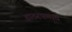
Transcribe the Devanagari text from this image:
ताठरपणाचे